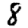
Digit: 8